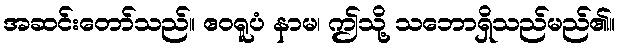
အဆင်းတော်သည်။ ဧဝရူပံ နာမ၊ ဤသို့ သဘောရှိသည်မည်၏။